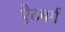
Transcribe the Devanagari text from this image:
ऐटबर्ग